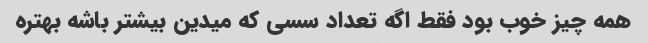
همه چیز خوب بود فقط اگه تعداد سسی که میدین بیشتر باشه بهتره